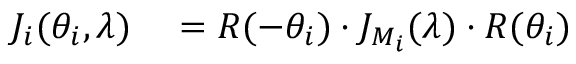
\begin{array} { r l } { J _ { i } ( \theta _ { i } , \lambda ) } & { { } = R ( - \theta _ { i } ) \cdot J _ { M _ { i } } ( \lambda ) \cdot R ( \theta _ { i } ) } \end{array}